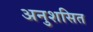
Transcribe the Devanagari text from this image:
अनुशसित